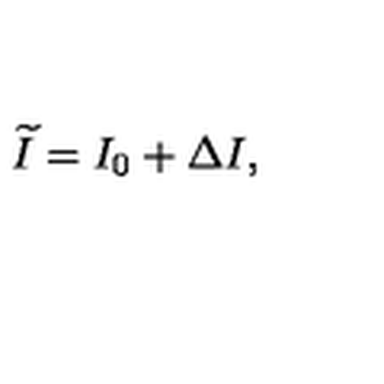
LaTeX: \widetilde { I } = I _ { 0 } + \Delta I ,